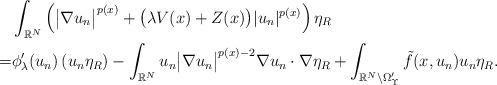
LaTeX: \begin{align*} \mbox{} & \int_{ \Bbb R^N } \left( \big| \nabla u_n \big|^{ p(x) } + \big( \lambda V(x) + Z(x) \big) | u_n |^{ p(x) } \right) \eta_R \\ = & \phi_\lambda'(u_n) \left( u_n \eta_R \right) - \int_{ \Bbb R^N } u_n \big| \nabla u_n \big|^{ p(x)-2 } \nabla u_n \cdot \nabla \eta_R + \int_{ \Bbb R^N \setminus \Omega'_\Upsilon } \tilde{f}(x,u_n) u_n \eta_R.\end{align*}